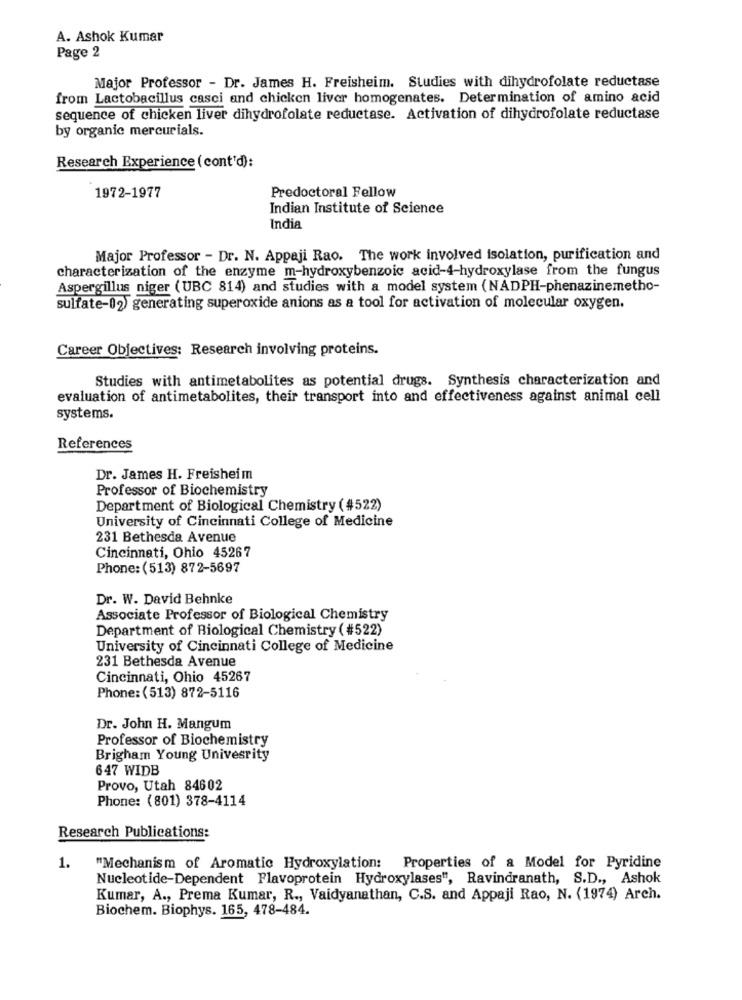
A. Ashok Kumar
Page 2
Major Professor - Dr. James H. Freisheim. Studies with dihydrofolate reductase
from Lactobacillus casci and chicken liver homogenates. Determination of amino acid
sequence of chicken liver dihydrofolate reductase. Activation of dihydrofolate reductase
by organic mercurials.
Research Experience (cont'd):
1972-1977
Predoctoral Fellow
Indian Institute of Science
India
Major Professor - Dr. N. Appaji Rao. The work involved isolation, purification and
characterization of the enzyme m-hydroxybenzoic acid-4-hydroxylase from the fungus
Aspergillus niger (UBC 814) and studies with a model system (NADPH-phenazinemetho-
sulfate-02) generating superoxide anions as a tool for activation of molecular oxygen.
Career Objectives: Research involving proteins.
Studies with antimetabolites as potential drugs. Synthesis characterization and
evaluation of antimetabolites, their transport into and effectiveness against animal cell
systems.
References
Dr. James H. Freisheim
Professor of Biochemistry
Department of Biological Chemistry (#522)
University of Cincinnati College of Medicine
231 Bethesda Avenue
Cincinnati, Ohio 45267
Phone: (513) 872-5697
Dr. W. David Behnke
Associate Professor of Biological Chemistry
Department of Biological Chemistry (#522)
University of Cincinnati College of Medicine
231 Bethesda Avenue
Cincinnati, Ohio 45267
Phone: (513) 872-5116
Dr. John H. Mangum
Professor of Biochemistry
Brigham Young Univesrity
647 WIDB
Provo, Utah 84602
Phone: (801) 378-4114
Research Publications:
1.
"Mechanism of Aromatic Hydroxylation: Properties of a Model for Pyridine
Nucleotide-Dependent Flavoprotein Hydroxylases", Ravindranath, S.D ., Ashok
Kumar, A ., Prema Kumar, R ., Vaidyanathan, C.S. and Appaji Rao, N. (1974) Arch.
Biochem. Biophys. 165, 478-484.